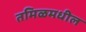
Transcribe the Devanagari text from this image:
तमिळमधील